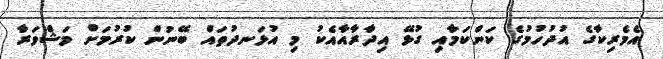
އެމެރިކާގެ އުދުހުމުގެ ކަންކަމާއި ގުޅޭ އިދާރާއާއެކު މި އުޅަނދުތައް ބޭނުން ކުރުމަށް މަޝްވަރާ